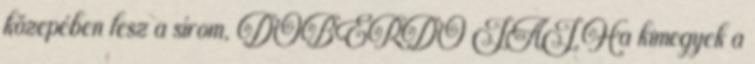
közepében lesz a sírom, DOBERDÓ JAJ Ha kimegyek a